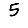
Digit: 5